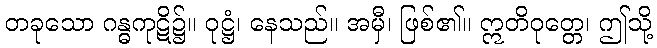
တခုသော ဂန္ဓကုဋိ၌။ ဝုဋ္ဌံ၊ နေသည်။ အမှီ၊ ဖြစ်၏။ ဣတိဝုတ္တေ၊ ဤသို့